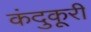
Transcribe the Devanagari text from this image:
कंदुकूरी